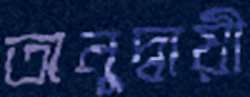
অনুদ্বায়ী